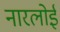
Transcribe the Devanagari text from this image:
नारलोई